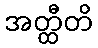
အတ္ထီတိ